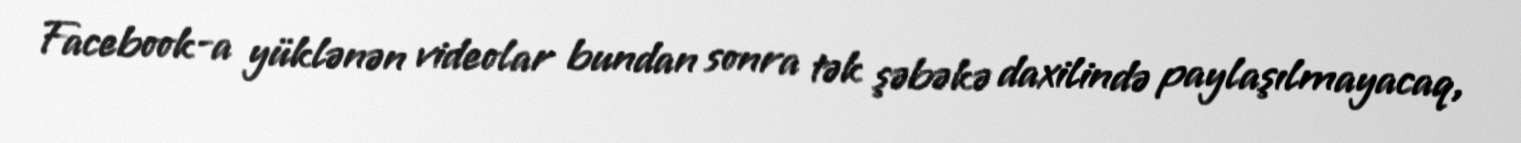
Facebook-a yüklənən videolar bundan sonra tək şəbəkə daxilində paylaşılmayacaq,